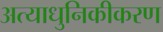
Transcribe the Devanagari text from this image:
अत्याधुनिकीकरण